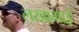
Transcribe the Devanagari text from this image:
लखाभाई